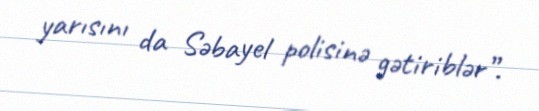
yarısını da Səbayel polisinə gətiriblər”.